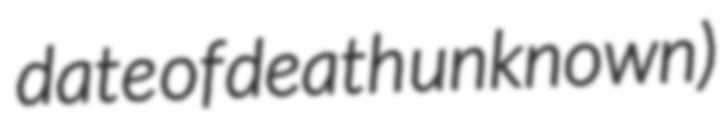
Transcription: date of death unknown)